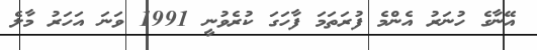
އޭނާގެ ހުނަރު އެންމެ ފުރަތަމަ ފާހަގަ ކުރެވުނީ 1991 ވަނަ އަހަރު މާލެ